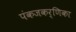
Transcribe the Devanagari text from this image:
पंकजकर्णिका